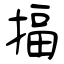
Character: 揊